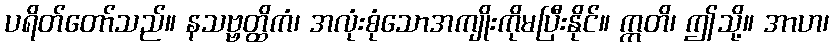
ပရိတ်တော်သည်။ နသဗ္ဗတ္ထိကံ၊ အလုံးစုံသောအကျိုးကိုမပြီးနိုင်။ ဣတိ၊ ဤသို့။ အာဟ၊